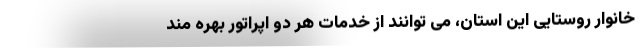
خانوار روستایی این استان، می توانند از خدمات هر دو اپراتور بهره مند